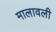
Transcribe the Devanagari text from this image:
मालावली